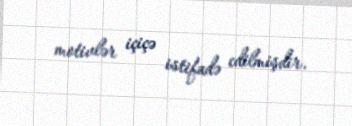
motivlər içiçə istifadə edilmişdir.